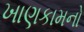
ખાણકામનો